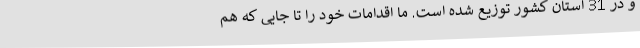
و در 31 استان کشور توزیع شده است. ما اقدامات خود را تا جایی که هم